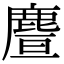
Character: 𪊥